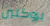
بروكلين